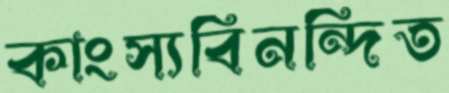
কাংস্যবিনন্দিত